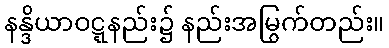
နန္ဒိယာဝဋ္ဋနည်း၌ နည်းအမြွက်တည်း။